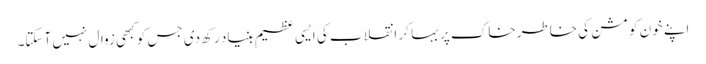
اپنے خون کو مشن کی خاطر خاک پر بہا کر انقلاب کی ایسی عظیم بنیاد رکھ دی جس کو کبھی زوال نہیں آسکتا۔